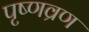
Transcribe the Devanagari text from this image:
पृष्णव्रण